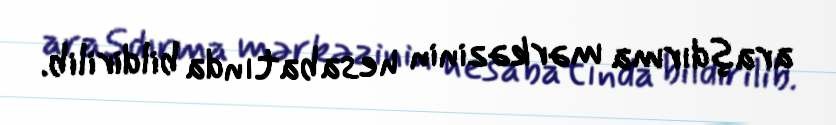
araşdırma mərkəzinin hesabatında bildirilib.